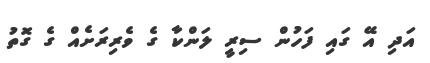
އަދި އޭ ގައި ފަހުން ސިރީ ލަންކާ ގެ ވެރިރަށެއް ގެ ގޮތު